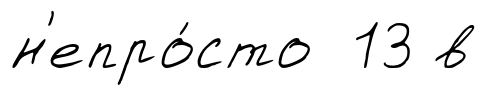
н'епро́сто 13 в